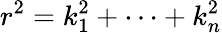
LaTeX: r^{2}=k_{1}^{2}+\cdots+k_{n}^{2}